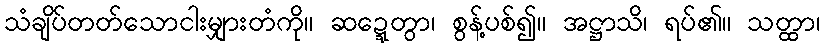
သံချိပ်တတ်သောငါးမျှားတံကို။ ဆဍ္ဍေတွာ၊ စွန့်ပစ်၍။ အဋ္ဌာသိ၊ ရပ်၏။ သတ္ထာ၊